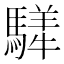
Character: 𩥍